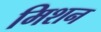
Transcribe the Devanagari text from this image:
मिशन